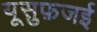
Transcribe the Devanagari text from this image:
यूसुफ़जई